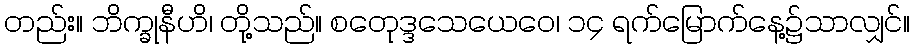
တည်း။ ဘိက္ခုနီဟိ၊ တို့သည်။ စတေုဒ္ဒသေယေဝေ၊ ၁၄ ရက်မြောက်နေ့၌သာလျှင်။